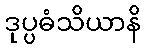
ဒုပ္ပဓံသိယာနိ